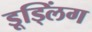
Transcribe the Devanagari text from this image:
डूड्लिंग